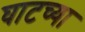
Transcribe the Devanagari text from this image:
घाटच्या